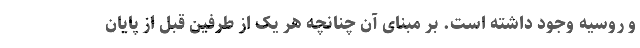
و روسیه وجود داشته است. بر مبنای آن چنانچه هر یک از طرفین قبل از پایان